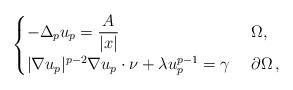
LaTeX: \begin{align*}\begin{cases}\displaystyle -\Delta_p u_p = \frac{A}{\left|x\right|} & \ \Omega,\\|\nabla u_p|^{p-2}\nabla u_p \cdot \nu + \lambda u^{p-1}_p=\gamma&\ \partial\Omega\,,\end{cases}\end{align*}